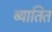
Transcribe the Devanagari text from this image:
ब्यातित